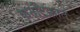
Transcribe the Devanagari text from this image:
कर्नाटक़ात